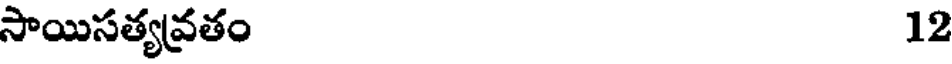
సాయిసత్యవ్రతం 12